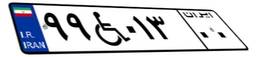
۹۹W۰۱۳۰۰